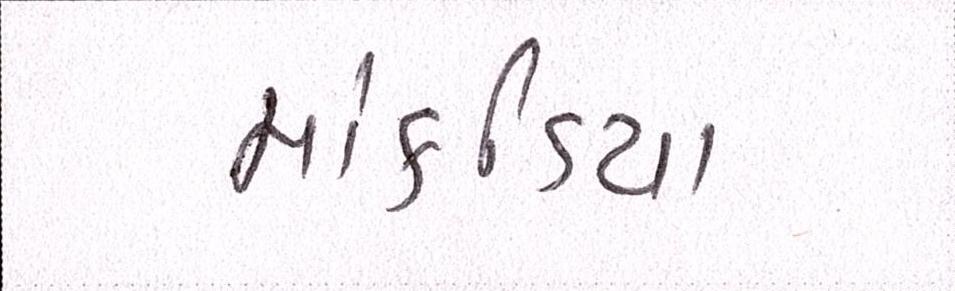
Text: માંકડિયા